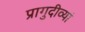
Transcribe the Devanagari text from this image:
प्रागुदीव्यां